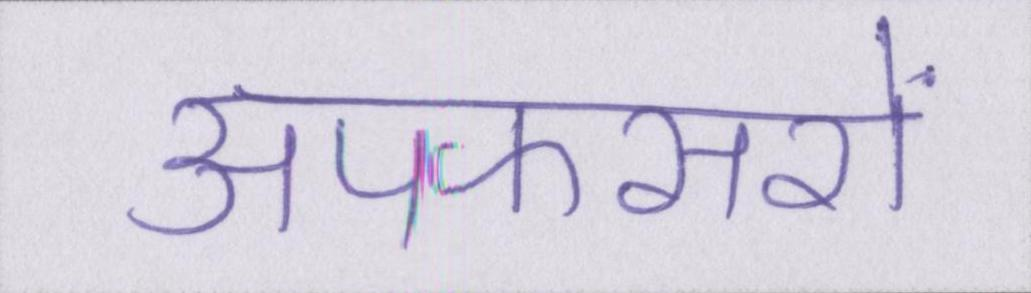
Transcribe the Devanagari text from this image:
अपफसरों